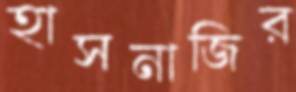
হাসনাজির